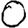
Digit: 0